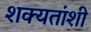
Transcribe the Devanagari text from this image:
शक्यतांशी